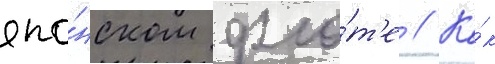
япо́нском фло́т'е // Ка́к